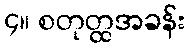
၄။ စတုတ္ထအခန်း